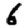
Digit: 6